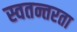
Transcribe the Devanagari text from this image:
स्वतन्तरता